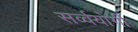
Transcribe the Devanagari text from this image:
सर्व्वयोगी